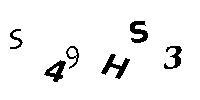
S49HS3